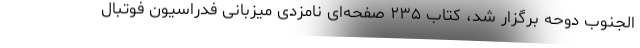
الجنوب دوحه برگزار شد، کتاب ۲۳۵ صفحه‌ای نامزدی میزبانی فدراسیون فوتبال